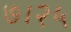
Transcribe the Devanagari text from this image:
७।२५